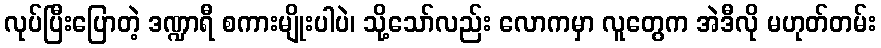
လုပ်ပြီးပြောတဲ့ ဒဏ္ဍာရီ စကားမျိုးပါပဲ၊ သို့သော်လည်း လောကမှာ လူတွေက အဲဒီလို မဟုတ်တမ်း